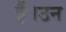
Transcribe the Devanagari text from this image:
हैं।उन